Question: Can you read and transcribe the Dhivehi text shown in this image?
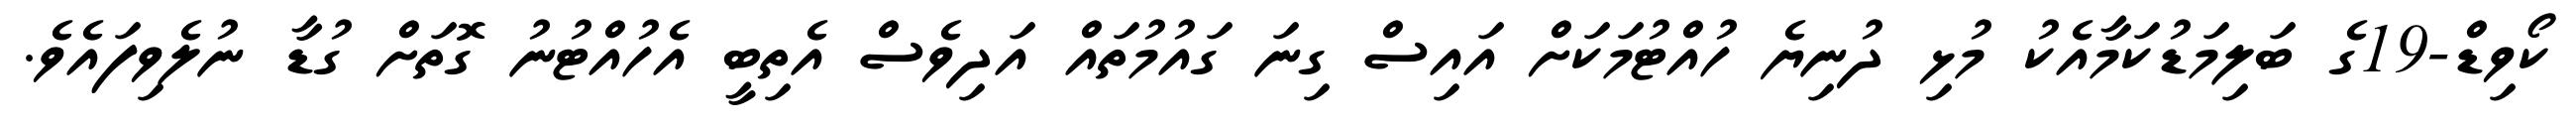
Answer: ކޯވިޑް-19ގެ ބަލިމަޑުކަމާއެކު މުޅި ދުނިޔެ ހުއްޓުމަކަށް އައިސް ގިނަ ގައުމުތައް އަދިވެސް އެތިބީ އެހުއްޓުނު ގޮތަށް ގުޑާ ނުލެވިފައެވެ.